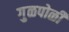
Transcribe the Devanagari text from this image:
गु़ळपोळी